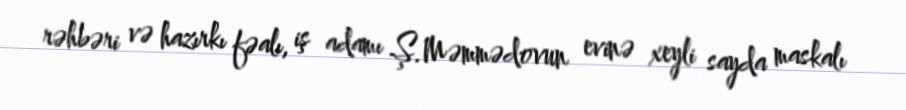
rəhbəri və hazırkı fəalı, iş adamı Ş.Məmmədovun evinə xeyli sayda maskalı